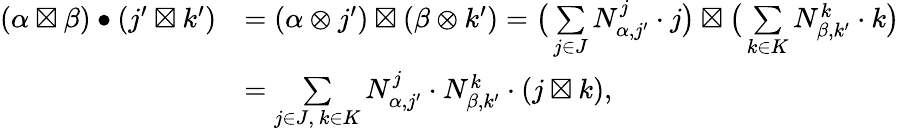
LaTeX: \begin{array}{rl}{(\alpha\boxtimes\beta)\bullet(j^{\prime}\boxtimes k^{\prime})}&{=(\alpha\otimes j^{\prime})\boxtimes(\beta\otimes k^{\prime})=\big(\underset{j\in J}{\sum}N_{\alpha,j^{\prime}}^{j}\cdot j\big)\boxtimes\big(\underset{k\in K}{\sum}N_{\beta,k^{\prime}}^{k}\cdot k\big)}\\ &{=\underset{j\in J,\ k\in K}{\sum}N_{\alpha,j^{\prime}}^{j}\cdot N_{\beta,k^{\prime}}^{k}\cdot(j\boxtimes k),}\end{array}